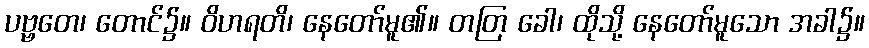
ပဗ္ဗတေ၊ တောင်၌။ ဝိဟရတိ၊ နေတော်မူ၏။ တတြ ခေါ၊ ထိုသို့ နေတော်မူသော အခါ၌။